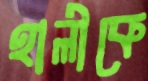
হালীকে